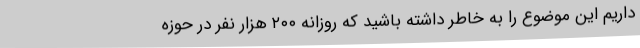
داریم این موضوع را به خاطر داشته باشید که روزانه ۲۰۰ هزار نفر در حوزه